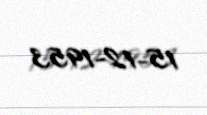
15-12-1953